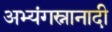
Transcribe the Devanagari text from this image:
अभ्यंगस्नानादी